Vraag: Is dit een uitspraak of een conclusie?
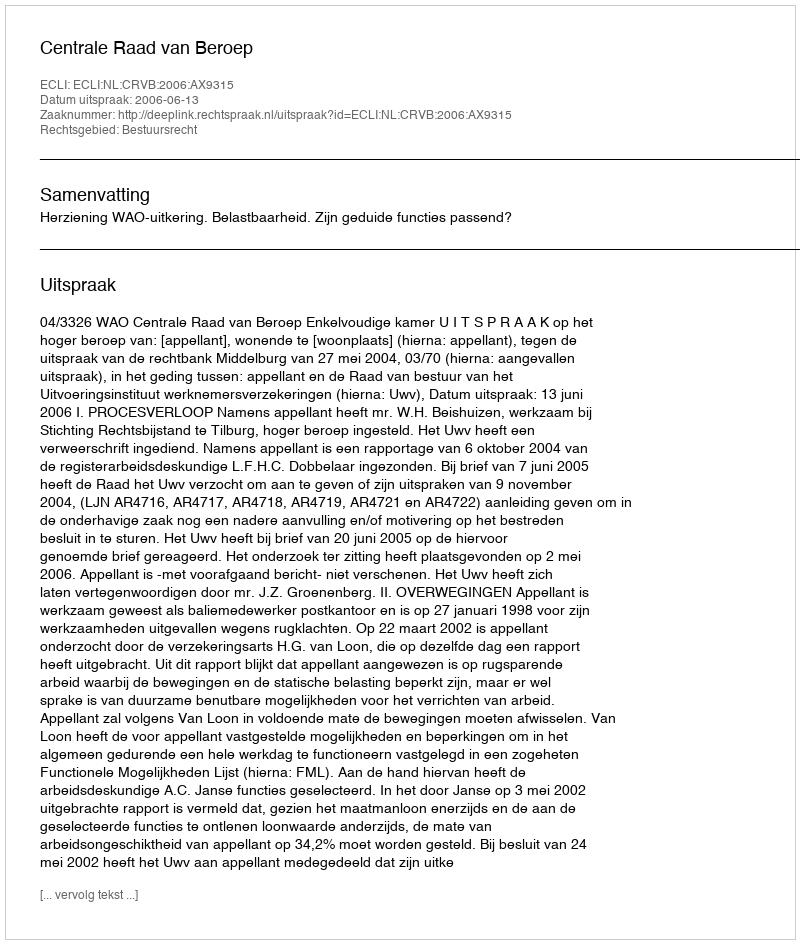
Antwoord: Uitspraak